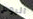
اليوم